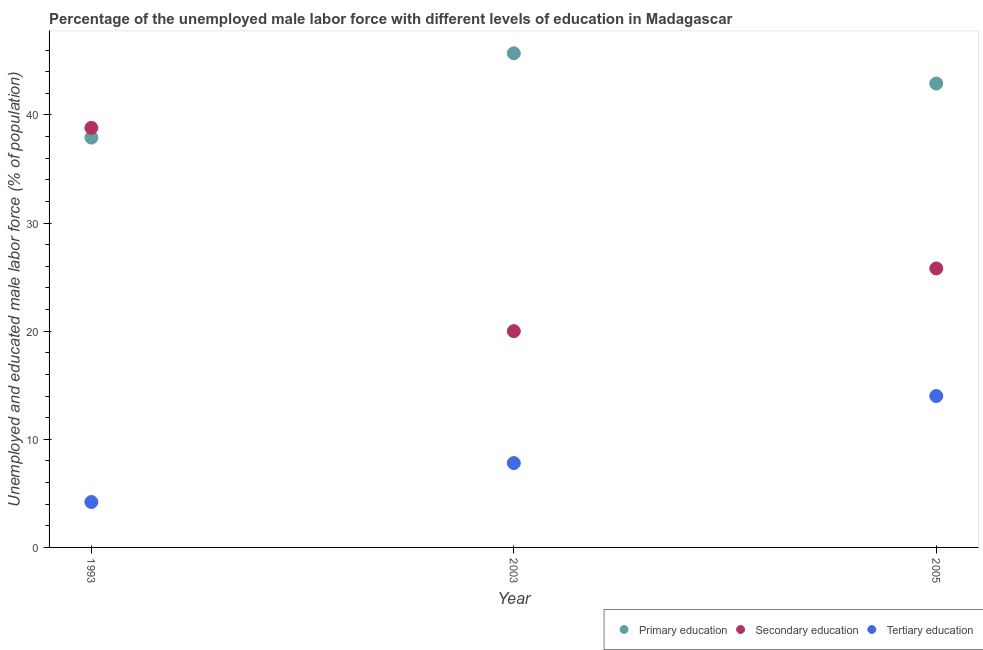
| Year | Primary education | Secondary education | Tertiary education |
 | --- | --- | --- | --- |
 | 1993 | 37.9 | 38.8 | 4.2 |
 | 2003 | 45.7 | 20 | 7.8 |
 | 2005 | 42.9 | 25.8 | 14 |